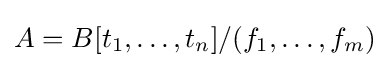
A=B[t_{1},\dots ,t_{n}]/(f_{1},\dots ,f_{m})